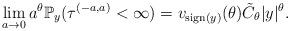
LaTeX: \begin{align*}\lim_{a\to0}{a}^{\theta}\mathbb{P}_y(\tau^{(-a,a)}<\infty) =v_{{\rm sign}(y)}(\theta)\tilde{C}_\theta |y|^\theta.\end{align*}